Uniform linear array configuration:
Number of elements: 8
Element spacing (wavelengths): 0.75
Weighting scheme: hann
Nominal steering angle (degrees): -30
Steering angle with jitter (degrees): -28.831
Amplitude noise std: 0.05
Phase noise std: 0.05

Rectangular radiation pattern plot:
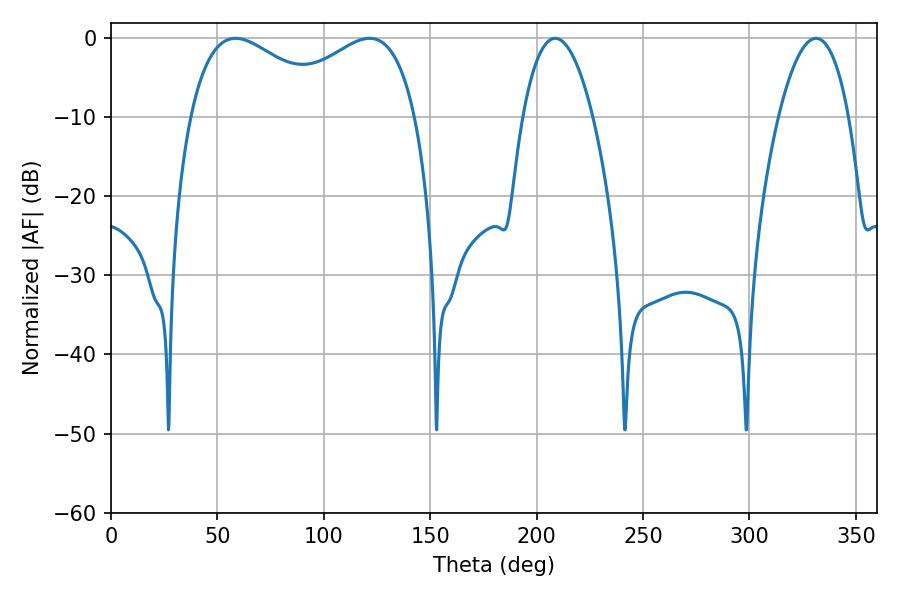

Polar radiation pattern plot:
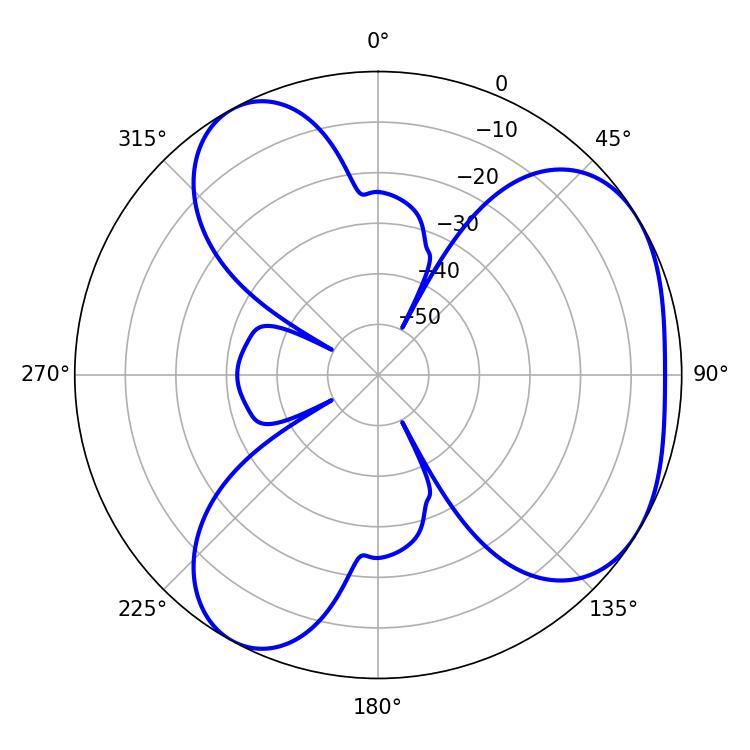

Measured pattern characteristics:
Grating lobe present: TRUE
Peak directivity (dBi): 4.31
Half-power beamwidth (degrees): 37.98
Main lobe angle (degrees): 58.5